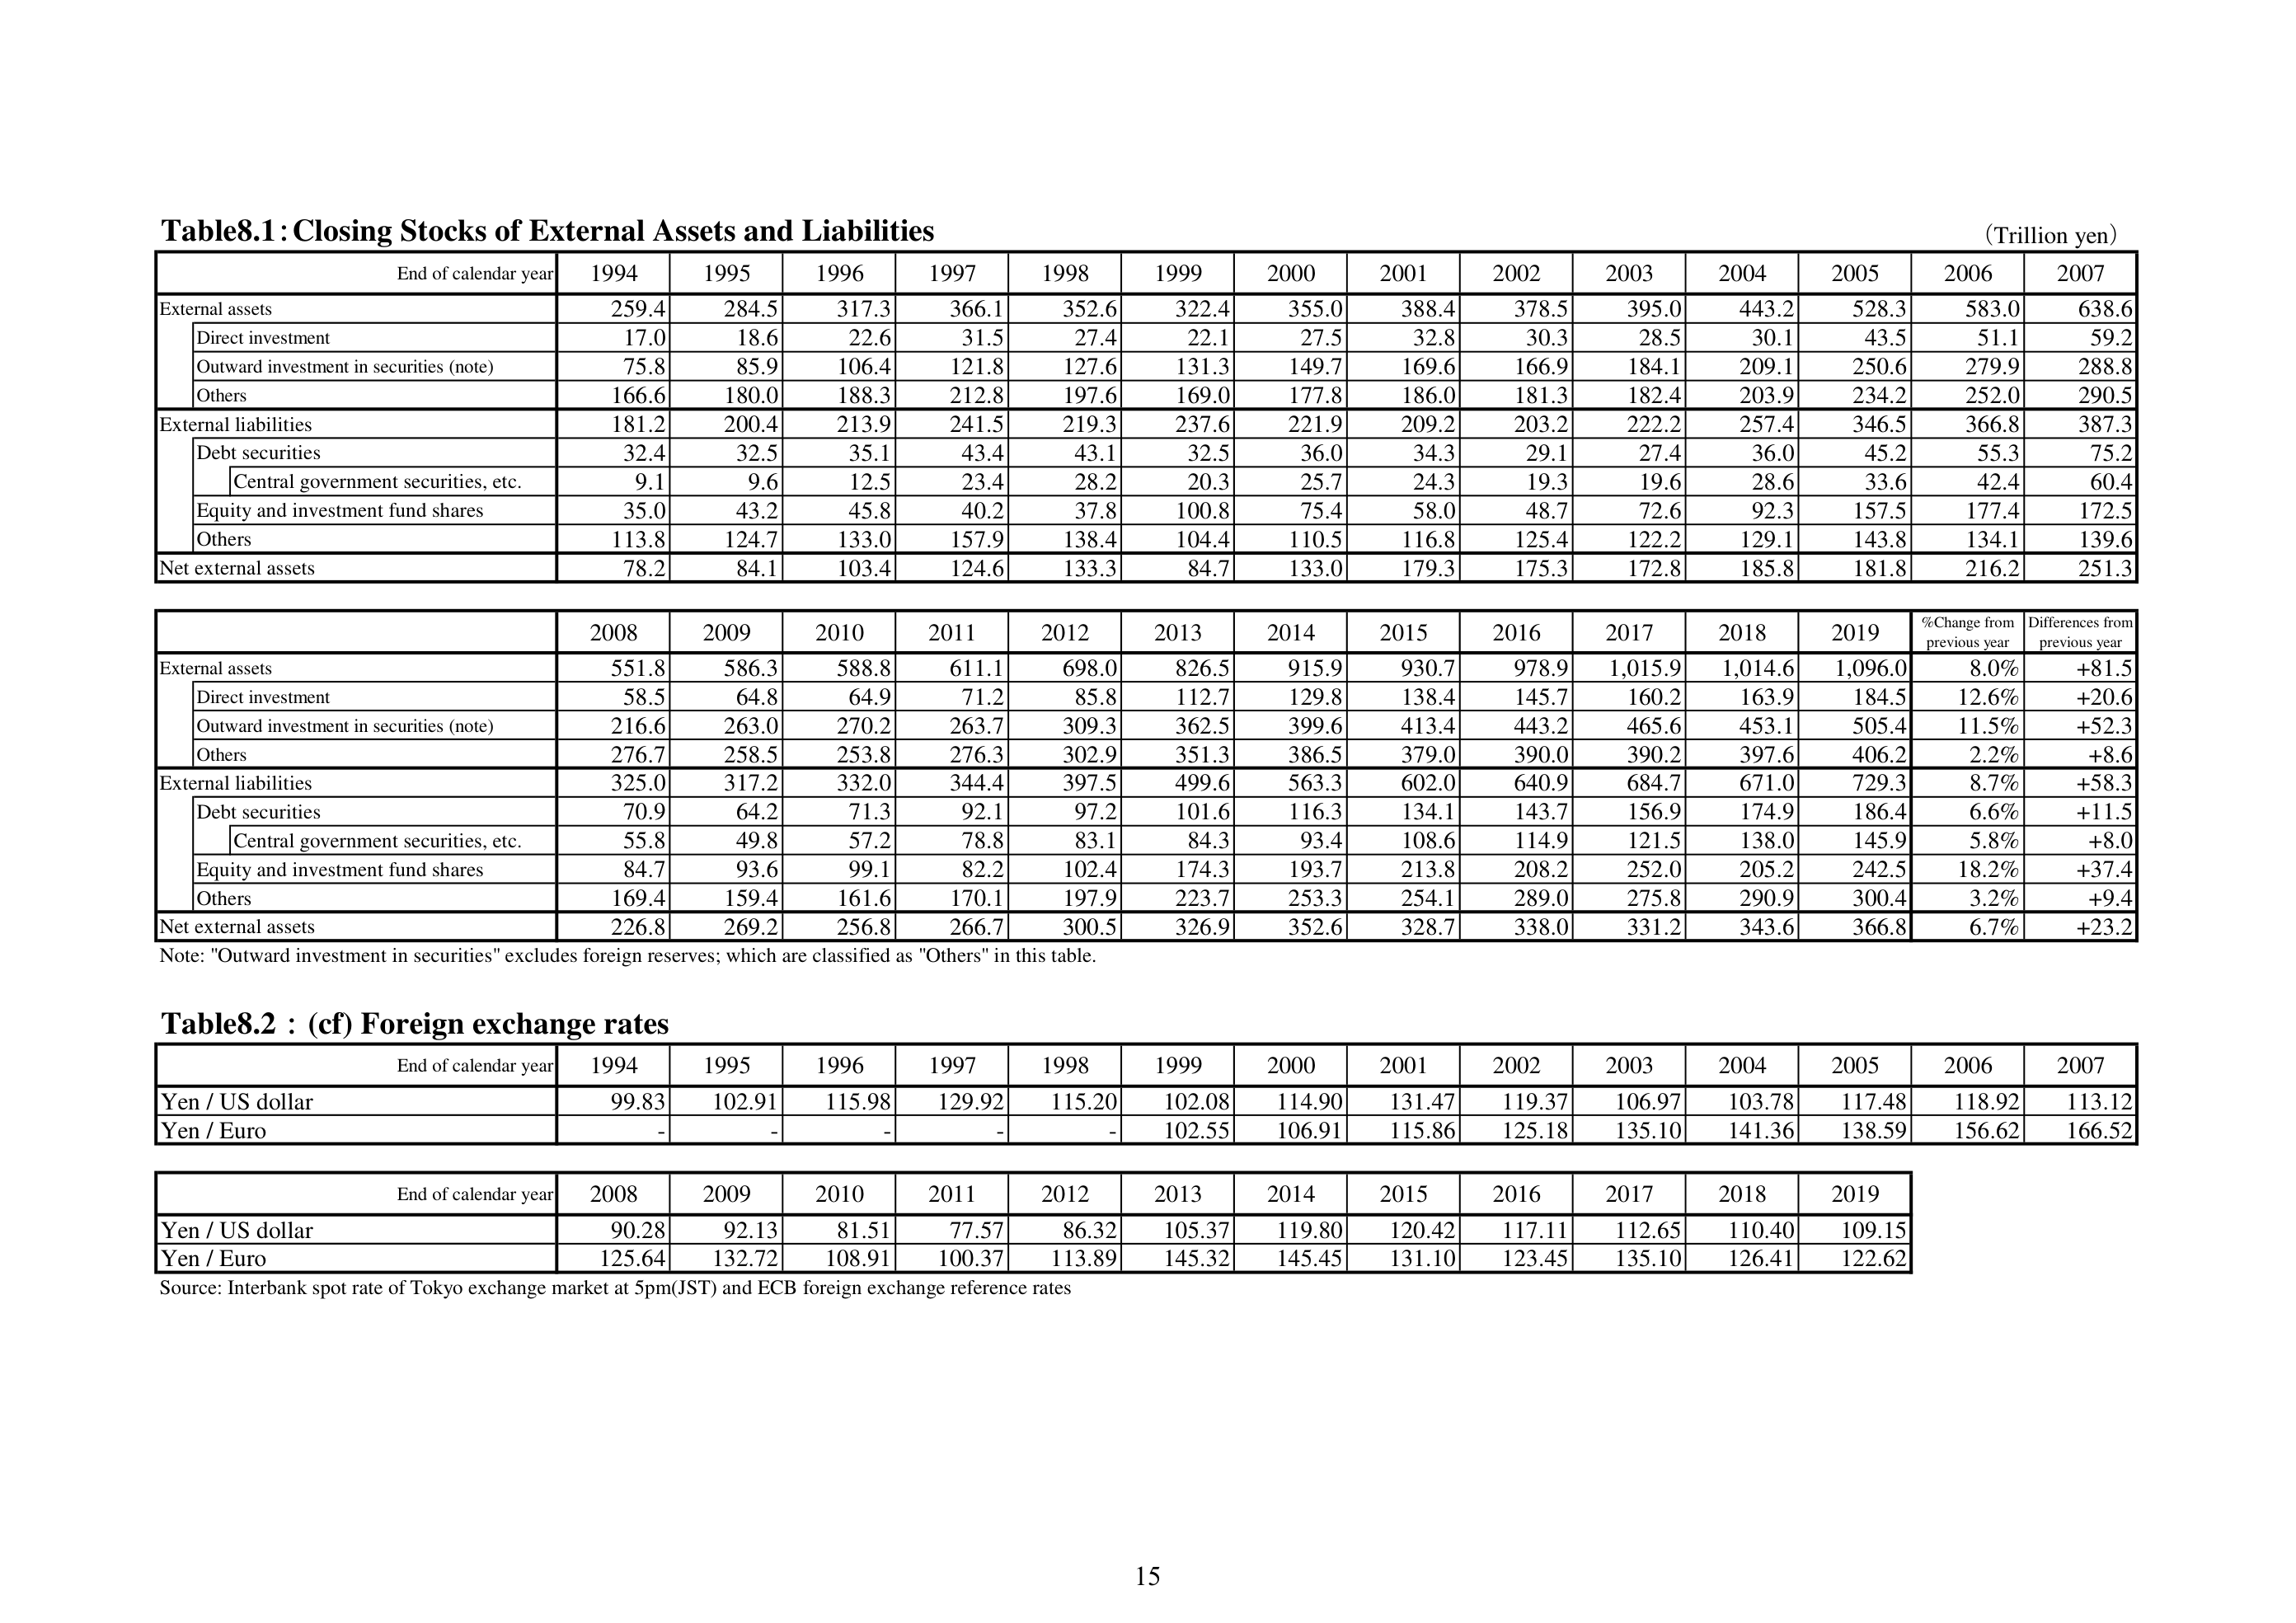
Table8.1 : Closing Stocks of External Assets and Liabilities
(Trillion yen)
End of calendar year 1994 1995 1996 1997 1998 1999 2000 2001 2002 2003 2004 2005 2006 2007
External assets 259.4 284.5 317.3 366.1 352.6 322.4 355.0 388.4 378.5 395.0 443.2 528.3 583.0 638.6
Direct investment 17.0 18.6 22.6 31.5 27.4 22.1 27.5 32.8 30.3 28.5 30.1 43.5 51.1 59.2
Outward investment in securities (note) 75.8 85.9 106.4 121.8 127.6 131.3 149.7 169.6 166.9 184.1 209.1 250.6 279.9 288.8
Others 166.6 180.0 188.3 212.8 197.6 169.0 177.8 186.0 181.3 182.4 203.9 234.2 252.0 290.5
External liabilities 181.2 200.4 213.9 241.5 219.3 237.6 221.9 209.2 203.2 222.2 257.4 346.5 366.8 387.3
Debt securities 32.4 32.5 35.1 43.4 43.1 32.5 36.0 34.3 29.1 27.4 36.0 45.2 55.3 75.2
Central government securities, etc. 9.1 9.6 12.5 23.4 28.2 20.3 25.7 24.3 19.3 19.6 28.6 33.6 42.4 60.4
Equity and investment fund shares 35.0 43.2 45.8 40.2 37.8 100.8 75.4 58.0 48.7 72.6 92.3 157.5 177.4 172.5
Others 113.8 124.7 133.0 157.9 138.4 104.4 110.5 116.8 125.4 122.2 129.1 143.8 134.1 139.6
Net external assets 78.2 84.1 103.4 124.6 133.3 84.7 133.0 179.3 175.3 172.8 185.8 181.8 216.2 251.3
2008 2009 2010 2011 2012 2013 2014 2015 2016 2017 2018 2019 %Change from previous year Differences from previous year
External assets 551.8 586.3 588.8 611.1 698.0 826.5 915.9 930.7 978.9 1,015.9 1,014.6 1,096.0 8.0% +81.5
Direct investment 58.5 64.8 64.9 71.2 85.8 112.7 129.8 138.4 145.7 160.2 163.9 184.5 12.6% +20.6
Outward investment in securities (note) 216.6 263.0 270.2 263.7 309.3 362.5 399.6 413.4 443.2 465.6 453.1 505.4 11.5% +52.3
Others 276.7 258.5 253.8 276.3 302.9 351.3 386.5 379.0 390.0 390.2 397.6 406.2 2.2% +8.6
External liabilities 325.0 317.2 332.0 344.4 397.5 499.6 563.3 602.0 640.9 684.7 671.0 729.3 8.7% +58.3
Debt securities 70.9 64.2 71.3 92.1 97.2 101.6 116.3 134.1 143.7 156.9 174.9 186.4 6.6% +11.5
Central government securities, etc. 55.8 49.8 57.2 78.8 83.1 84.3 93.4 108.6 114.9 121.5 138.0 145.9 5.8% +8.0
Equity and investment fund shares 84.7 93.6 99.1 82.2 102.4 174.3 193.7 213.8 208.2 252.0 205.2 242.5 18.2% +37.4
Others 169.4 159.4 161.6 170.1 197.9 223.7 253.3 254.1 289.0 275.8 290.9 300.4 3.2% +9.4
Net external assets 226.8 269.2 256.8 266.7 300.5 326.9 352.6 328.7 338.0 331.2 343.6 366.8 6.7% +23.2
Note: "Outward investment in securities" excludes foreign reserves; which are classified as "Others" in this table.
Table8.2 : (cf) Foreign exchange rates
End of calendar year 1994 1995 1996 1997 1998 1999 2000 2001 2002 2003 2004 2005 2006 2007
Yen / US dollar 99.83 102.91 115.98 129.92 115.20 102.08 114.90 131.47 119.37 106.97 103.78 117.48 118.92 113.12
Yen / Euro - - - - - 102.55 106.91 115.86 125.18 135.10 141.36 138.59 156.62 166.52
End of calendar year 2008 2009 2010 2011 2012 2013 2014 2015 2016 2017 2018 2019
Yen / US dollar 90.28 92.13 81.51 77.57 86.32 105.37 119.80 120.42 117.11 112.65 110.40 109.15
Yen / Euro 125.64 132.72 108.91 100.37 113.89 145.32 145.45 131.10 123.45 135.10 126.41 122.62
Source: Interbank spot rate of Tokyo exchange market at 5pm(JST) and ECB foreign exchange reference rates
15